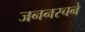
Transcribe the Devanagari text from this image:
जननरचने